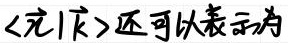
<完阝>还可以表示为